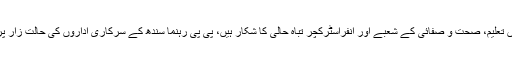
انہوں نے کہا کہ سندھ میں تعلیم، صحت و صفائی کے شعبے اور انفراسٹرکچر تباہ حالی کا شکار ہیں، پی پی رہنما سندھ کے سرکاری اداروں کی حالت زار پر توجہ دیں اور کام کریں۔